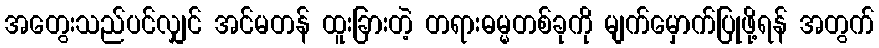
အတွေးသည်ပင်လျှင် အင်မတန် ထူးခြားတဲ့ တရားဓမ္မတစ်ခုကို မျက်မှောက်ပြုဖို့ရန် အတွက်